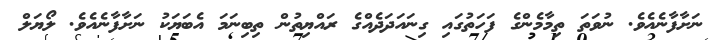
ނަށާފާނެއެވެ. ނުވަތަ ތިމާމެންގެ ފަހަތުގައި ގިނައަދަދެއްގެ ރައްޔިތުން ތިބިނަމަ އެބަޔަކު ނަށާފާނެއެވެ. ލޯޔަލް